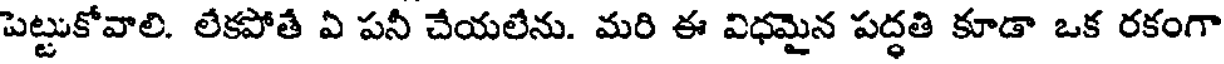
పెట్టుకోవాలి. లేకపోతే ఏ పనీ చేయలేను. మరి ఈ విధమైన పద్ధతి కూడా ఒక రకంగా